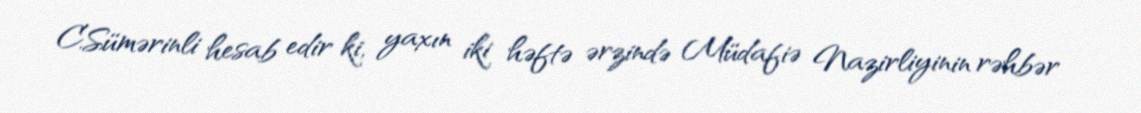
C.Sümərinli hesab edir ki, yaxın iki həftə ərzində Müdafiə Nazirliyinin rəhbər